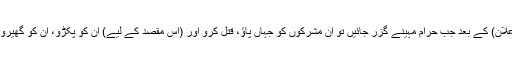
جاوید احمد غامدی (بڑے حج کے دن) اِس (اعلان) کے بعد جب حرام مہینے گزر جائیں تو اِن مشرکوں کو جہاں پاؤ، قتل کرو اور (اِس مقصد کے لیے) اِن کو پکڑو، اِن کو گھیرو اور ہر گھات کی جگہ اِن کی تاک میں بیٹھو۔